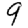
Digit: 9